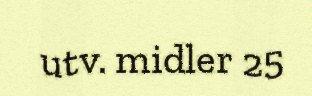
utv. midler 25